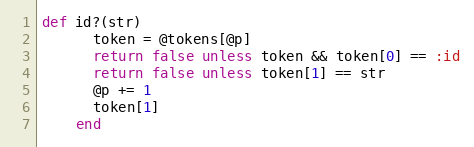
Language: Ruby
def id?(str)
      token = @tokens[@p]
      return false unless token && token[0] == :id
      return false unless token[1] == str
      @p += 1
      token[1]
    end